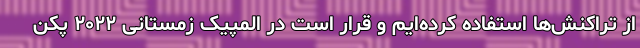
از تراکنش‌ها استفاده کرده‌ایم و قرار است در المپیک زمستانی ۲۰۲۲ پکن